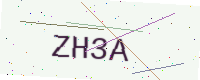
Text: ZH3A